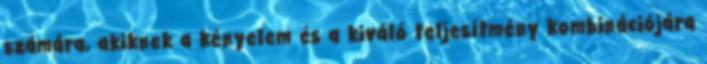
számára, akiknek a kényelem és a kiváló teljesítmény kombinációjára